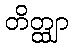
တိတ္ထျာ